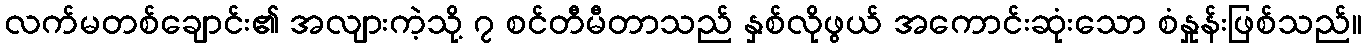
လက်မတစ်ချောင်း၏ အလျားကဲ့သို့ ၇ စင်တီမီတာသည် နှစ်လိုဖွယ် အကောင်းဆုံးသော စံနှုန်းဖြစ်သည်။